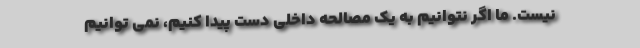
نیست. ما اگر نتوانیم به یک مصالحه داخلی دست پیدا کنیم، نمی توانیم